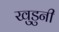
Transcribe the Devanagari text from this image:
खुडुनी